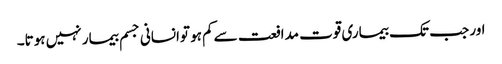
اور جب تک بیماری قوت مدافعت سےکم ہو توانسانی جسم بیمار نہیں ہوتا۔